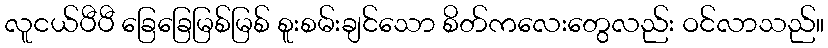
လူငယ်ပီပီ ခြေခြေမြစ်မြစ် စူးစမ်းချင်သော စိတ်ကလေးတွေလည်း ဝင်လာသည်။